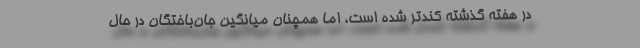
در هفته گذشته کندتر شده است، اما همچنان میانگین جان‌باختگان در حال